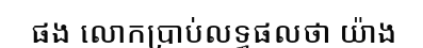
ផង លោកប្រាប់លទ្ធផលថា យ៉ាង